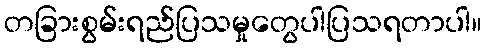
တခြားစွမ်းရည်ပြသမှုတွေပါပြသရတာပါ။